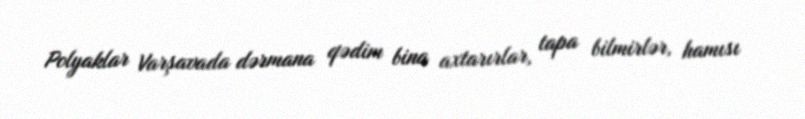
Polyaklar Varşavada dərmana qədim bina axtarırlar, tapa bilmirlər, hamısı